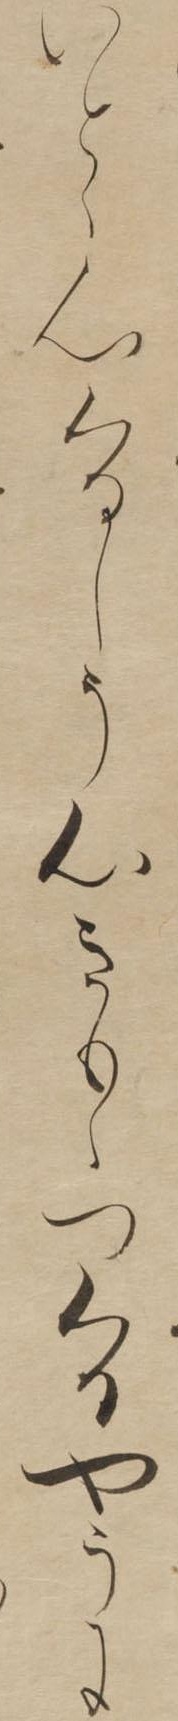
いとゝ心くるしう心きもゝつくるやうに